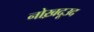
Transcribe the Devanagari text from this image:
नोख़दूउद